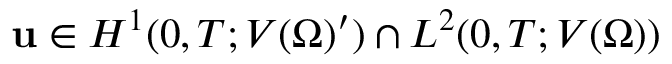
\mathbf { u } \in H ^ { 1 } ( 0 , T ; V ( \Omega ) ^ { \prime } ) \cap L ^ { 2 } ( 0 , T ; V ( \Omega ) )